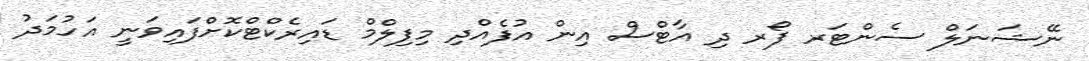
ނޭޝަނަލް ސެންޓަރ ފޯރ ދި އާޓްސް އިން އުފެއްދި މިފިލްމް ޑައިރެކްޓްކޮށްފައިވަނީ އަހުމަދު